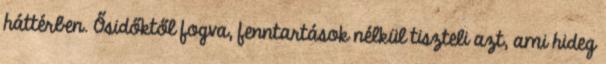
háttérben. Ősidőktől fogva, fenntartások nélkül tiszteli azt, ami hideg